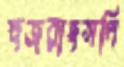
হুজরাহসপি